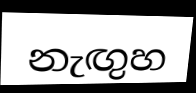
නැඟුහ